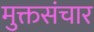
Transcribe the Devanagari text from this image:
मुक्तसंचार